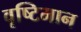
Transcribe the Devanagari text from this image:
वृष्टिमान